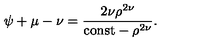
\psi + \mu - \nu = \frac { 2 \nu \rho ^ { 2 \nu } } { \mathrm { c o n s t } - \rho ^ { 2 \nu } } .